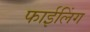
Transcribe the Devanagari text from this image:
फाईलिंग